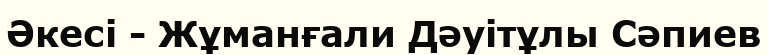
Әкесі - Жұманғали Дәуітұлы Сәпиев